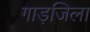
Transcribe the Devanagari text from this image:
गाड़जिला